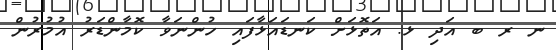
ނ ރ ބ އަދި ޅ. އަތޮޅަށް ކަނޑައަޅާފައި ހުންނަވާ ކޮމާންޑަރު އުމުރުން